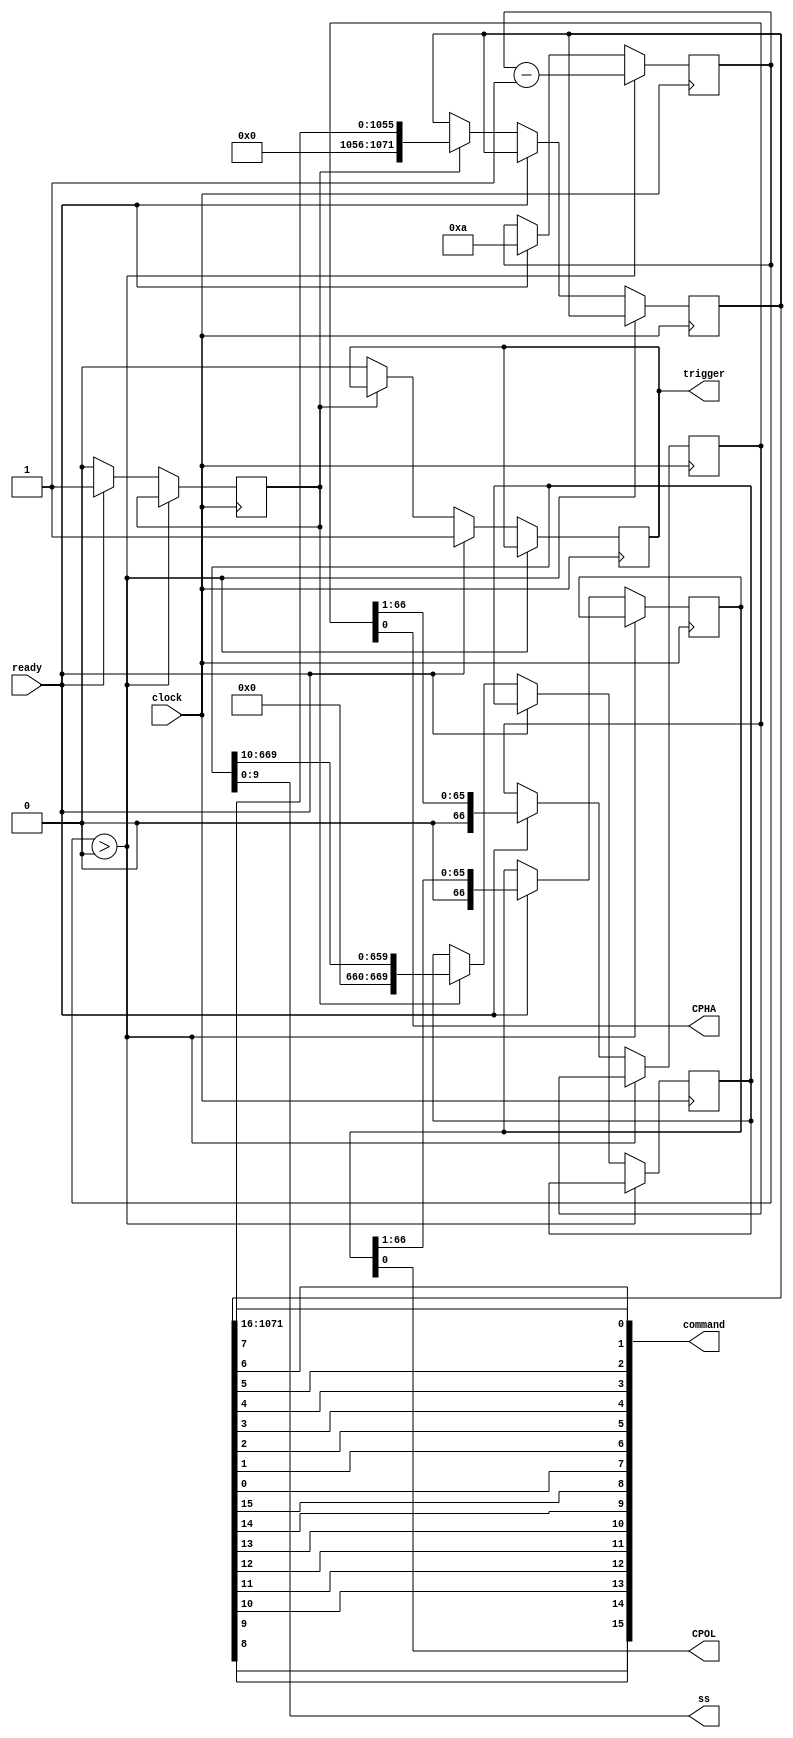
`timescale 1ns / 1ps
//////////////////////////////////////////////////////////////////////////////////
// Company: 
// Engineer: 
// 
// Design Name: 
// Module Name:    spi_programmer 
// Project Name: 
// Target Devices: 
// Tool versions: 
// Description: 
//
// Dependencies: 
//
// Revision: 
// Revision 0.01 - File Created
// Additional Comments: 
//
//////////////////////////////////////////////////////////////////////////////////
module spi_programmer(
    output [15:0] command,
    input ready,
    output [9:0] ss,
    input clock,
	 output trigger,
	 output CPOL,
	 output CPHA
    );

	parameter NUM_COMMANDS = 67;

	reg [16*NUM_COMMANDS - 1:0] commands;
	reg [10*NUM_COMMANDS - 1:0] targets;
	reg trigger_i;
	reg load_next;
	reg [31:0] countdown;
	reg [NUM_COMMANDS - 1:0] CPOLs;
	reg [NUM_COMMANDS - 1:0] CPHAs;
	
	initial countdown = 1000;
	initial trigger_i = 0;
	initial load_next = 0;
	
	initial CPOLs = 0;
	initial CPHAs = 0;
	
	initial commands[0*16 +: 16] = 16'b0110010000000000;
	initial targets [0*10 +: 10] = 10'b10;
	
	initial commands[1*16 +: 16] = 16'b0011101100000001;
	initial targets [1*10 +: 10] = 10'b10;
	
	initial commands[2*16 +: 16] = 16'b0111100000000010;
	initial targets [2*10 +: 10] = 10'b10;
	
	initial commands[3*16 +: 16] = 16'b0100010000000011;
	initial targets [3*10 +: 10] = 10'b10;
	
	initial commands[4*16 +: 16] = 16'b0000000000011111;
	initial targets [4*10 +: 10] = 10'b0010000000;	
	initial commands[5*16 +: 16] = 16'b0000000000011111;
	initial targets [5*10 +: 10] = 10'b0100000000;	
	initial commands[6*16 +: 16] = 16'b0000000000011111;
	initial targets [6*10 +: 10] = 10'b1000000000;
	
	initial commands[7*16 +: 16] = 16'b0010001000000000;
	initial targets [7*10 +: 10] = 10'b0010000000;	
	initial commands[8*16 +: 16] = 16'b0010001000000000;
	initial targets [8*10 +: 10] = 10'b0100000000;	
	initial commands[9*16 +: 16] = 16'b0010001000000000;
	initial targets [9*10 +: 10] = 10'b1000000000;
	
	initial commands[10*16 +: 16] = 16'b1100010000000010;
	initial targets [10*10 +: 10] = 10'b0010000000;	
	initial commands[11*16 +: 16] = 16'b1100010000000010;
	initial targets [11*10 +: 10] = 10'b0100000000;
	initial commands[12*16 +: 16] = 16'b1100010000000010;
	initial targets [12*10 +: 10] = 10'b1000000000;
	
	initial commands[13*16 +: 16] = 16'b0000001000000011;
	initial targets [13*10 +: 10] = 10'b0010000000;	
	initial commands[14*16 +: 16] = 16'b0000001000000011;
	initial targets [14*10 +: 10] = 10'b0100000000;
	initial commands[15*16 +: 16] = 16'b0000001000000011;
	initial targets [15*10 +: 10] = 10'b1000000000;
	
	initial commands[16*16 +: 16] = 16'b0100001000000100;
	initial targets [16*10 +: 10] = 10'b0010000000;	
	initial commands[17*16 +: 16] = 16'b0100001000000100;
	initial targets [17*10 +: 10] = 10'b0100000000;
	initial commands[18*16 +: 16] = 16'b0100001000000100;
	initial targets [18*10 +: 10] = 10'b1000000000;
	
	initial commands[19*16 +: 16] = 16'b1100000000000101;
	initial targets [19*10 +: 10] = 10'b0010000000;	
	initial commands[20*16 +: 16] = 16'b1100000000000101;
	initial targets [20*10 +: 10] = 10'b0100000000;
	initial commands[21*16 +: 16] = 16'b1100000000000101;
	initial targets [21*10 +: 10] = 10'b1000000000;
	
	initial commands[22*16 +: 16] = 16'b0000000000000110;
	initial targets [22*10 +: 10] = 10'b0010000000;	
	initial commands[23*16 +: 16] = 16'b0000000000000110;
	initial targets [23*10 +: 10] = 10'b0100000000;
	initial commands[24*16 +: 16] = 16'b0000000000000110;
	initial targets [24*10 +: 10] = 10'b1000000000;
	
	initial commands[25*16 +: 16] = 16'b0000101000001000;
	initial targets [25*10 +: 10] = 10'b0010000000;	
	initial commands[26*16 +: 16] = 16'b0000101000001000;
	initial targets [26*10 +: 10] = 10'b0100000000;
	initial commands[27*16 +: 16] = 16'b0000101000001000;
	initial targets [27*10 +: 10] = 10'b1000000000;
	
	initial commands[28*16 +: 16] = 16'b0000101000001010;
	initial targets [28*10 +: 10] = 10'b0010000000;	
	initial commands[29*16 +: 16] = 16'b0000101000001010;
	initial targets [29*10 +: 10] = 10'b0100000000;
	initial commands[30*16 +: 16] = 16'b0000101000001010;
	initial targets [30*10 +: 10] = 10'b1000000000;
	
	initial commands[31*16 +: 16] = 16'b0000101000001100;
	initial targets [31*10 +: 10] = 10'b0010000000;	
	initial commands[32*16 +: 16] = 16'b0000101000001100;
	initial targets [32*10 +: 10] = 10'b0100000000;
	initial commands[33*16 +: 16] = 16'b0000101000001100;
	initial targets [33*10 +: 10] = 10'b1000000000;
	
	initial commands[34*16 +: 16] = 16'b0010011000001001;
	initial targets [34*10 +: 10] = 10'b0010000000;	
	initial commands[35*16 +: 16] = 16'b0010011000001001;
	initial targets [35*10 +: 10] = 10'b0100000000;
	initial commands[36*16 +: 16] = 16'b0010011000001001;
	initial targets [36*10 +: 10] = 10'b1000000000;
	
	initial commands[37*16 +: 16] = 16'b0010011000001011;
	initial targets [37*10 +: 10] = 10'b0010000000;	
	initial commands[38*16 +: 16] = 16'b0010011000001011;
	initial targets [38*10 +: 10] = 10'b0100000000;
	initial commands[39*16 +: 16] = 16'b0010011000001011;
	initial targets [39*10 +: 10] = 10'b1000000000;
	
	initial commands[40*16 +: 16] = 16'b0010011000001101;
	initial targets [40*10 +: 10] = 10'b0010000000;	
	initial commands[41*16 +: 16] = 16'b0010011000001101;
	initial targets [41*10 +: 10] = 10'b0100000000;
	initial commands[42*16 +: 16] = 16'b0010011000001101;
	initial targets [42*10 +: 10] = 10'b1000000000;
	
	initial commands[43*16 +: 16] = 16'b0000101000001110;
	initial targets [43*10 +: 10] = 10'b0010000000;	
	initial commands[44*16 +: 16] = 16'b0000101000001110;
	initial targets [44*10 +: 10] = 10'b0100000000;
	initial commands[45*16 +: 16] = 16'b0000101000001110;
	initial targets [45*10 +: 10] = 10'b1000000000;
	
	initial commands[46*16 +: 16] = 16'b0000101000010000;
	initial targets [46*10 +: 10] = 10'b0010000000;	
	initial commands[47*16 +: 16] = 16'b0000101000010000;
	initial targets [47*10 +: 10] = 10'b0100000000;
	initial commands[48*16 +: 16] = 16'b0000101000010000;
	initial targets [48*10 +: 10] = 10'b1000000000;
	
	initial commands[49*16 +: 16] = 16'b0000101000010010;
	initial targets [49*10 +: 10] = 10'b0010000000;	
	initial commands[50*16 +: 16] = 16'b0000101000010010;
	initial targets [50*10 +: 10] = 10'b0100000000;
	initial commands[51*16 +: 16] = 16'b0000101000010010;
	initial targets [51*10 +: 10] = 10'b1000000000;

	initial commands[52*16 +: 16] = 16'b0010011000001111;
	initial targets [52*10 +: 10] = 10'b0010000000;	
	initial commands[53*16 +: 16] = 16'b0010011000001111;
	initial targets [53*10 +: 10] = 10'b0100000000;
	initial commands[54*16 +: 16] = 16'b0010011000001111;
	initial targets [54*10 +: 10] = 10'b1000000000;
	
	initial commands[55*16 +: 16] = 16'b0010011000010001;
	initial targets [55*10 +: 10] = 10'b0010000000;	
	initial commands[56*16 +: 16] = 16'b0010011000010001;
	initial targets [56*10 +: 10] = 10'b0100000000;
	initial commands[57*16 +: 16] = 16'b0010011000010001;
	initial targets [57*10 +: 10] = 10'b1000000000;
	
	initial commands[58*16 +: 16] = 16'b0010011000010011;
	initial targets [58*10 +: 10] = 10'b0010000000;	
	initial commands[59*16 +: 16] = 16'b0010011000010011;
	initial targets [59*10 +: 10] = 10'b0100000000;
	initial commands[60*16 +: 16] = 16'b0010011000010011;
	initial targets [60*10 +: 10] = 10'b1000000000;
	
	initial commands[61*16 +: 16] = 16'b0000000000011111;
	initial targets [61*10 +: 10] = 10'b0010000000;	
	initial commands[62*16 +: 16] = 16'b0000000000011111;
	initial targets [62*10 +: 10] = 10'b0100000000;
	initial commands[63*16 +: 16] = 16'b0000000000011111;
	initial targets [63*10 +: 10] = 10'b1000000000;
	
	initial commands[64*16 +: 16] = 16'b0010001100000000;
	initial targets [64*10 +: 10] = 10'b0010000000;	
	initial commands[65*16 +: 16] = 16'b0010001100000000;
	initial targets [65*10 +: 10] = 10'b0100000000;
	initial commands[66*16 +: 16] = 16'b0010001100000000;
	initial targets [66*10 +: 10] = 10'b1000000000;
	
	always @(posedge clock) begin
		if (countdown > 0) countdown <= countdown - 1;
		else if (ready) begin
			CPOLs <= {1'b0, CPOLs[NUM_COMMANDS - 1:1]};
			CPHAs <= {1'b0, CPHAs[NUM_COMMANDS - 1:1]};
			trigger_i <= 1;
			load_next <= 1;
			countdown <= 10;
		end else if (load_next == 1) begin
			commands <= {16'h0, commands[16*NUM_COMMANDS - 1: 16]};
			targets <= {10'h0, targets[10*NUM_COMMANDS - 1: 10]};
			load_next <= 0;
		end else begin
			trigger_i <= 0;
		end
	end
	
	assign command = {commands[8], commands[9], commands[10], commands[11], commands[12], commands[13], commands[14], commands[15], commands[0], commands[1], commands[2], commands[3], commands[4], commands[5], commands[6], commands[7]};
	assign ss = targets [9:0];
	assign trigger = trigger_i;
	assign CPOL = CPOLs[0];
	assign CPHA = CPHAs[0];

endmodule